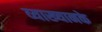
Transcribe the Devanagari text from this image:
व्याख्यानके